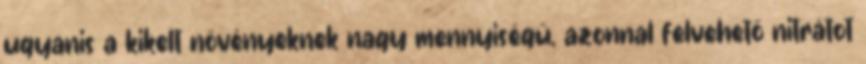
ugyanis a kikelt növényeknek nagy mennyiségű, azonnal felvehető nitrátot